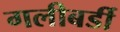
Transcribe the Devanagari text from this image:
गलीबर्डी